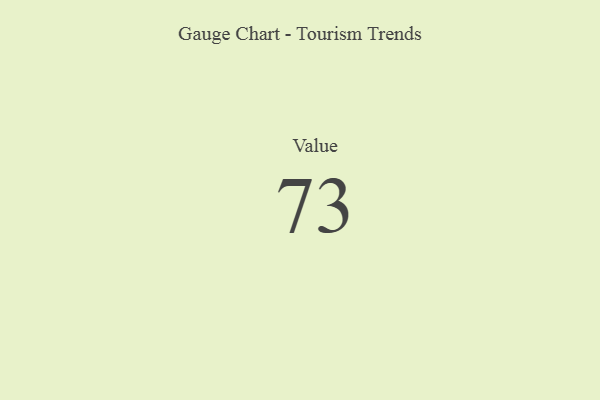
{"axis": {"x": "Metric", "y": "Value"}, "legend": [""], "data": [{"x": "Value", "y": 73, "type": ""}]}